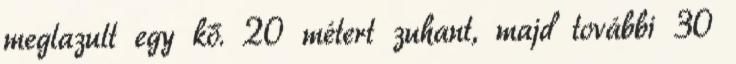
meglazult egy kő. 20 métert zuhant, majd további 30